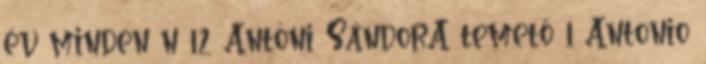
év minden n 12 Antóni SándorA temető 1 Antonio